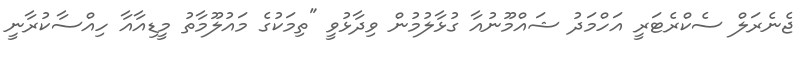
ޖެނެރަލް ސެކްރެޓަރީ އަހްމަދު ޝައްމޫނުއާ ގުޅާލުމުން ވިދާޅުވީ "ތިމަކުގެ މައުލޫމާތު މީޑިއާއާ ހިއްސާކުރާނީ